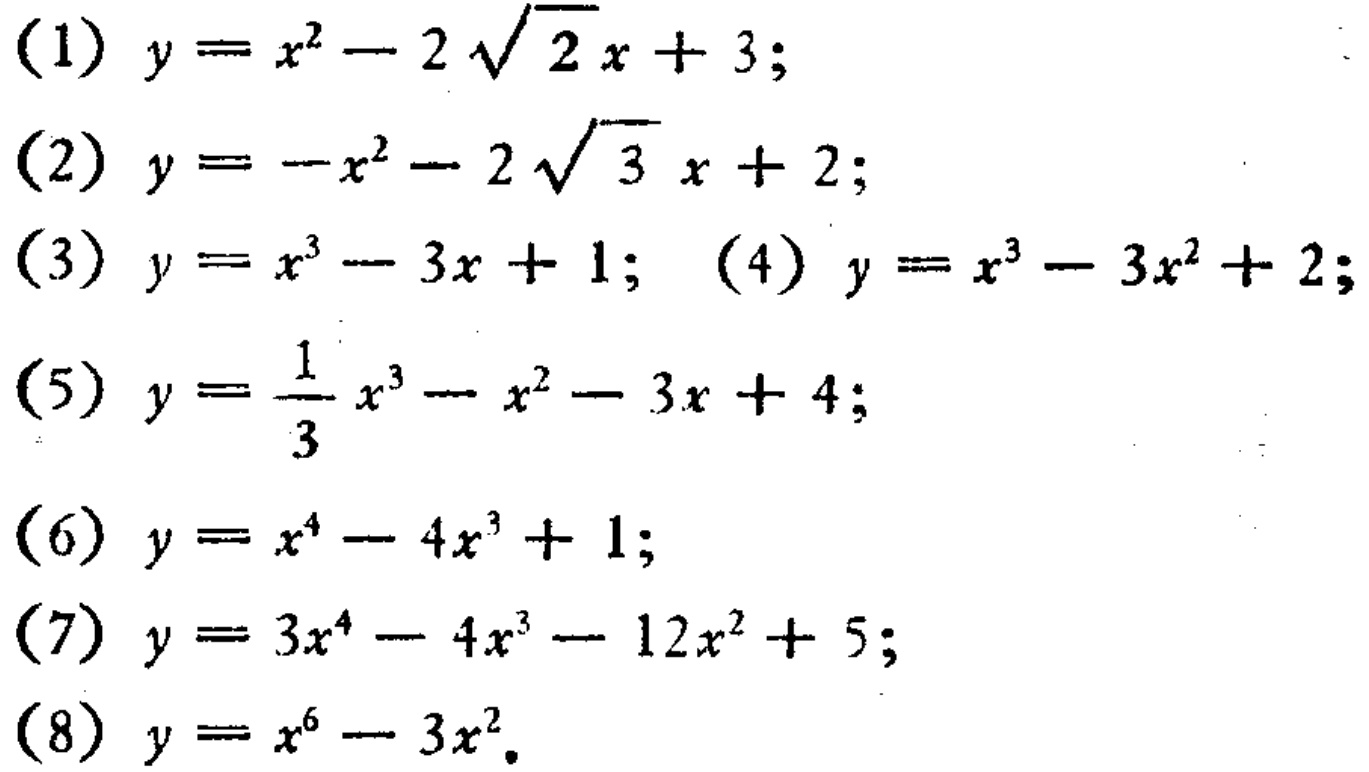
\begin{align*}
(1)&\ y = x^{2}-2\sqrt{2}x + 3;\\
(2)&\ y=-x^{2}-2\sqrt{3}x + 2;\\
(3)&\ y = x^{3}-3x + 1; \quad(4)\ y = x^{3}-3x^{2}+2;\\
(5)&\ y=\frac{1}{3}x^{3}-x^{2}-3x + 4;\\
(6)&\ y = x^{4}-4x^{3}+1;\\
(7)&\ y = 3x^{4}-4x^{3}-12x^{2}+5;\\
(8)&\ y = x^{6}-3x^{2}.
\end{align*}